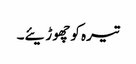
تیرہ کو چھوڑیئے۔